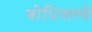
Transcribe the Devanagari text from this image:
बोधिसत्त्वे